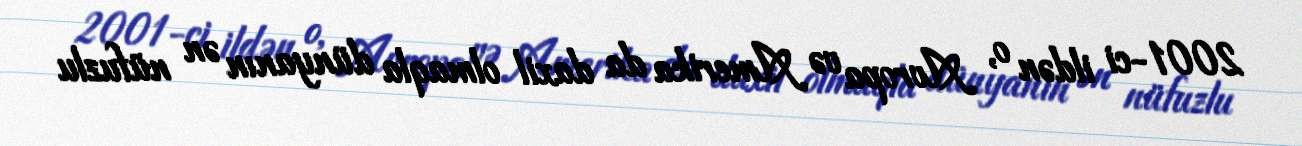
2001-ci ildən o, Avropa və Amerika da daxil olmaqla dünyanın ən nüfuzlu